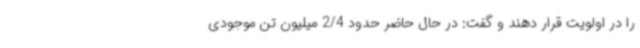
را در اولویت قرار دهند و گفت: در حال حاضر حدود 2/4 میلیون تن موجودی